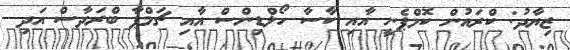
ޒިޔާދު: ކްރައުން ކޮމްޕެނީ އާއި ކާސާ ހޯލްޑިންސް އާއި ޗަމްޕާ ބްރަދާސް އަދި